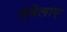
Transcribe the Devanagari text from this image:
ऐबेलाए